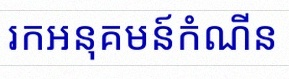
រកអនុគមន៍កំណើន